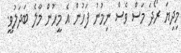
މިދިޔަ ރޯދަ މަސް ވެސް ނިމުނު ފަހުން އެ މީހުން މާލެ ބަދަލުވީ.